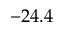
- 2 4 . 4